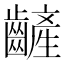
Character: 𪙞